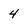
Character: 4